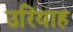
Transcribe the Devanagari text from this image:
उरियाह